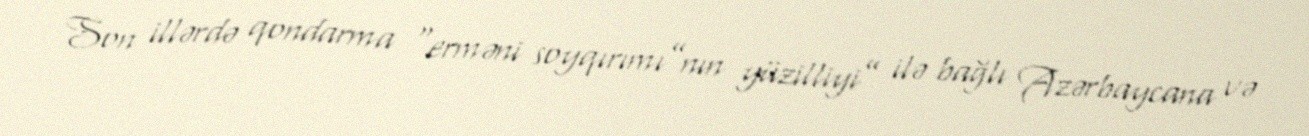
Son illərdə qondarma “erməni soyqırımı”nın yüzilliyi” ilə bağlı Azərbaycana və